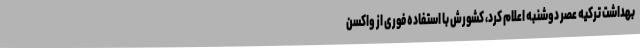
بهداشت ترکیه عصر دوشنبه اعلام کرد، کشورش با استفاده فوری از واکسن